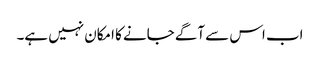
اب اس سے آگے جانے کا امکان نہیں ہے۔